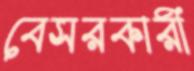
বেসরকারী